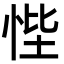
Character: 悂